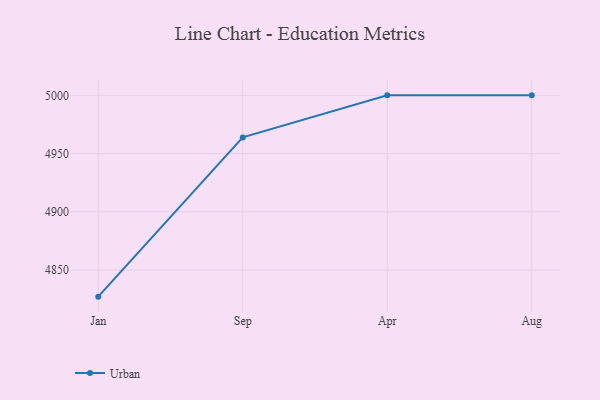
{"axis": {"x": "Month", "y": "Humidity (%)"}, "legend": ["Urban"], "data": [{"x": "Jan", "y": 4827.2, "type": "Urban"}, {"x": "Sep", "y": 4963.9, "type": "Urban"}, {"x": "Apr", "y": 5000, "type": "Urban"}, {"x": "Aug", "y": 5000, "type": "Urban"}]}